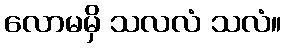
လောမမှိ သလလံ သလံ။